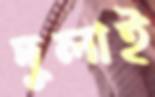
দুলাই